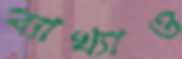
ব্যাখ্যাও